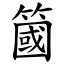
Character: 簂